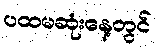
ပထမဆုံးနေ့တွင်